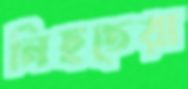
নিহতেরা